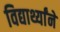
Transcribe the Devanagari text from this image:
विद्यार्थ्यांने